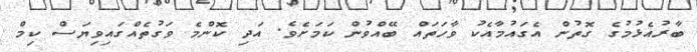
ބާރުއެޅުމުގެ ގޮތުން އެގައުމާއެކު ވާހަތައް ބޭއްވުން ކަމަށެވެ. އަދި ކޮންމެ ވަގުތެއްގައިވިޔަސް ކިމް